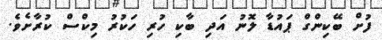
ފުށް ބޭކިންގް ޕައުޑާ ލޮނު އަދި ބާކި ހުރި ހަކުރު މިކްސް ކުރާށެވެ.